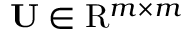
\mathbf { U } \in \mathrm { R } ^ { m \times m }